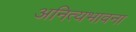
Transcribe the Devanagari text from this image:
अनित्यभावना